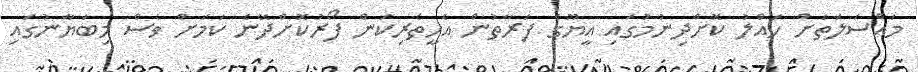
މައްސަލަތަށް ހައްލު ކޮށްދިނުމުގައި އީޔޫގެ ފަރާތުން އެހީތެރިކަން ފޯރުކޮށްދޭނެ ކަމަށް ވެސް މިބަޔާނުގައި